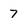
Character: 7